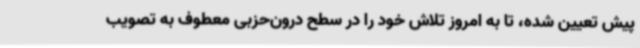
پیش تعیین شده، تا به امروز تلاش خود را در سطح درون‌حزبی معطوف به تصویب